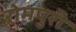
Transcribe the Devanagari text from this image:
रोमपुरी